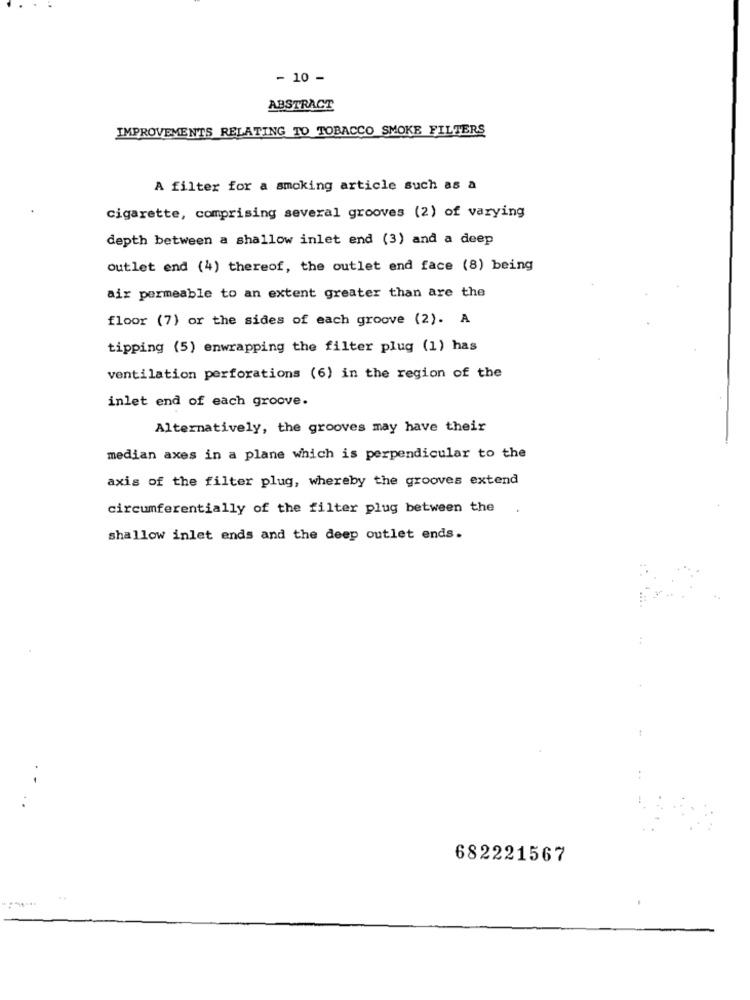
- 10 -
ABSTRACT
IMPROVEMENTS RELATING TO TOBACCO SMOKE FILTERS
A filter for a smoking article such as a
cigarette, comprising several grooves (2) of varying
depth between a shallow inlet end (3) and a deep
outlet end (4) thereof, the outlet end face (8) being
air permeable to an extent greater than are the
floor (7) or the sides of each groove (2). A
tipping (5) enwrapping the filter plug (1) has
ventilation perforations (6) in the region of the
inlet end of each groove.
Alternatively, the grooves may have their
median axes in a plane which is perpendicular to the
axis of the filter plug, whereby the grooves extend
circumferentially of the filter plug between the
shallow inlet ends and the deep outlet ends.
682221567